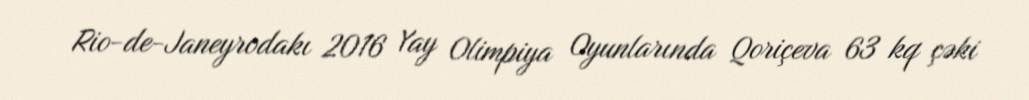
Rio-de-Janeyrodakı 2016 Yay Olimpiya Oyunlarında Qoriçeva 63 kq çəki